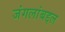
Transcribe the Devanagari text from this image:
जंगलांबद्दल